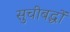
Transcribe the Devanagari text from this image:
सुचीबद्धों